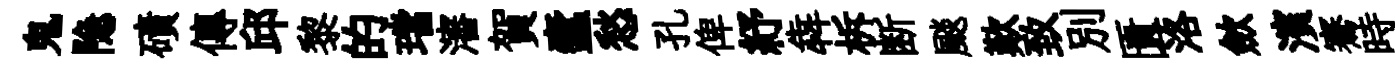
鬼隐磧傳邱黎的璫瀋賀蠧愁孔俾紓犇柝断颷歎致別匱洛歛濱騫時